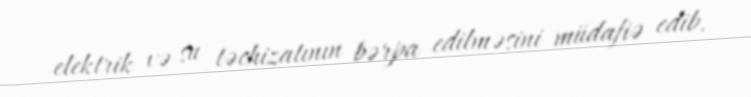
elektrik və su təchizatının bərpa edilməsini müdafiə edib.